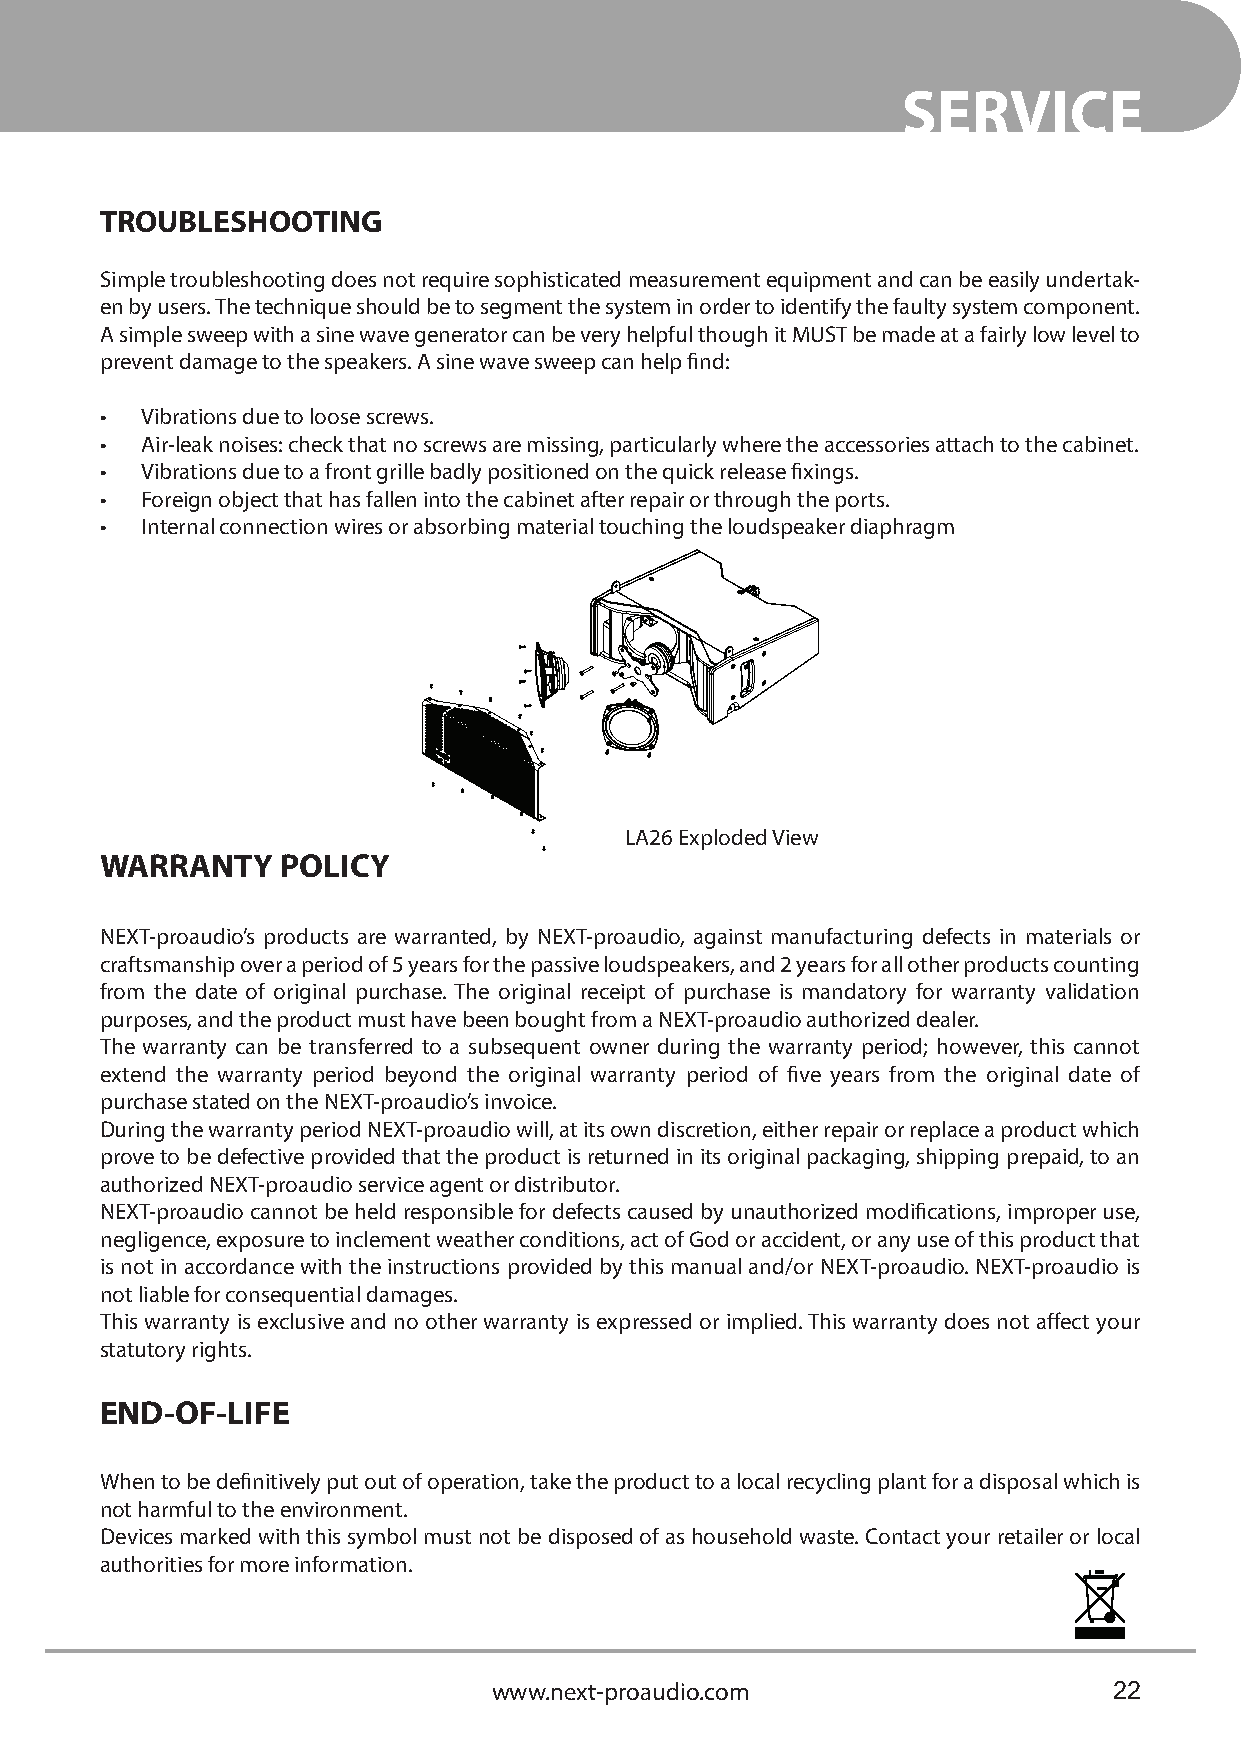
SERVICE
 TROUBLESHOOTING
 Simple troubleshooting does not require sophisticated measurement equipment and can be easily undertak-
 en by users. The technique should be to segment the system in order to identify the faulty system component.
 A simple sweep with a sine wave generator can be very helpful though it MUST be made at a fairly low level to
 prevent damage to the speakers. A sine wave sweep can help find:
 • Vibrations due to loose screws.
 • Air-leak noises: check that no screws are missing, particularly where the accessories attach to the cabinet.
 • Vibrations due to a front grille badly positioned on the quick release fixings.
 • Foreign object that has fallen into the cabinet after repair or through the ports.
 • Internal connection wires or absorbing material touching the loudspeaker diaphragm
 LA26 Exploded View
 WARRANTY    POLICY
 NEXT-proaudio’s products are warranted, by NEXT-proaudio, against manufacturing defects in materials or
 craftsmanship over a period of 5 years for the passive loudspeakers, and 2 years for all other products counting
 from the date of original purchase. The original receipt of purchase is mandatory for warranty validation
 purposes, and the product must have been bought from a NEXT-proaudio authorized dealer.
 The warranty can be transferred to a subsequent owner during the warranty period; however, this cannot
 extend the warranty period beyond the original warranty period of five years from the original date of
 purchase stated on the NEXT-proaudio’s invoice.
 During the warranty period NEXT-proaudio will, at its own discretion, either repair or replace a product which
 prove to be defective provided that the product is returned in its original packaging, shipping prepaid, to an
 authorized NEXT-proaudio service agent or distributor.
 NEXT-proaudio cannot be held responsible for defects caused by unauthorized modifications, improper use,
 negligence, exposure to inclement weather conditions, act of God or accident, or any use of this product that
 is not in accordance with the instructions provided by this manual and/or NEXT-proaudio. NEXT-proaudio is
 not liable for consequential damages.
 This warranty is exclusive and no other warranty is expressed or implied. This warranty does not affect your
 statutory rights.
 END-OF-LIFE
 When to be definitively put out of operation, take the product to a local recycling plant for a disposal which is
 not harmful to the environment.
 Devices marked with this symbol must not be disposed of as household waste. Contact your retailer or local
 authorities for more information.
 www.next-proaudio.com                    22